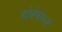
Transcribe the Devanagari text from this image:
डोब्रेपोल्जे